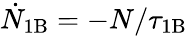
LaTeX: \dot{N}_{\mathrm{1B}}=-N/\tau_{\mathrm{1B}}